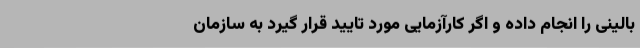
بالینی را انجام داده و اگر کارآزمایی مورد تایید قرار گیرد به سازمان